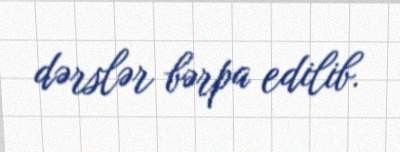
dərslər bərpa edilib.